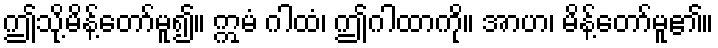
ဤသို့မိန့်တော်မူ၍။ ဣမံ ဂါထံ၊ ဤဂါထာကို။ အာဟ၊ မိန့်တော်မူ၏။